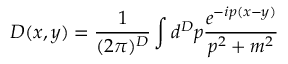
D ( x , y ) = \frac { 1 } { ( 2 \pi ) ^ { D } } \int d ^ { D } p \frac { e ^ { - i p ( x - y ) } } { p ^ { 2 } + m ^ { 2 } }